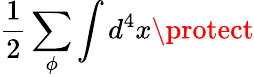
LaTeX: \frac{1}{2}\sum_{\phi}\int d^{4}x\protect